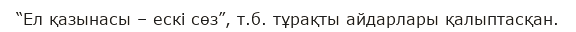
“Ел қазынасы – ескі сөз”, т.б. тұрақты айдарлары қалыптасқан.